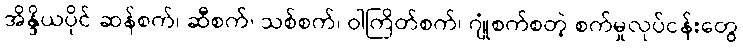
အိန္ဒိယပိုင် ဆန်စက်၊ ဆီစက်၊ သစ်စက်၊ ဝါကြိတ်စက်၊ ဂျုံစက်စတဲ့ စက်မှုလုပ်ငန်းတွေ